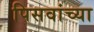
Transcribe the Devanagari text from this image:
पिसवांच्या